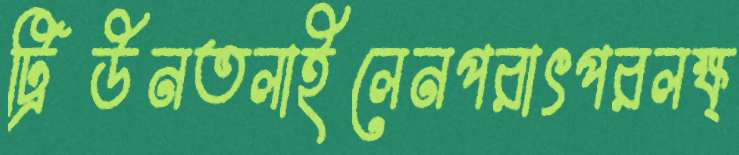
ট্রিউনতলাইলেনপরাৎপরলক্ষ্